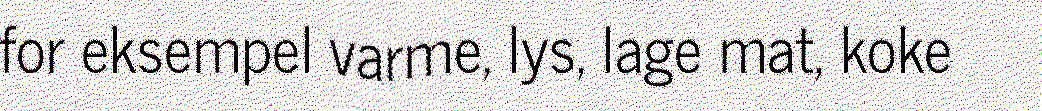
for eksempel varme, lys, lage mat, koke